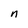
Character: n